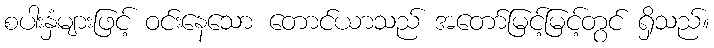
စပါးနှံများဖြင့် ဝင်းနေသော တောင်ယာသည် အတော်မြင့်မြင့်တွင် ရှိသည်။